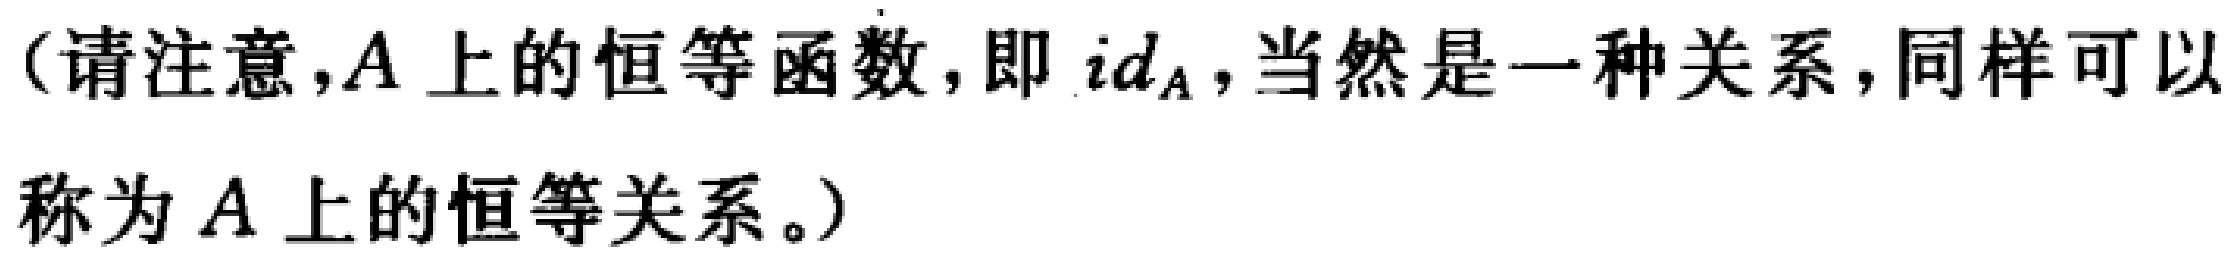
（请注意，$A$ 上的恒等函数，即 $id_A$，当然是一种关系，同样可以称为 $A$ 上的恒等关系。）